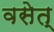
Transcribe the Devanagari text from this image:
वसेत्